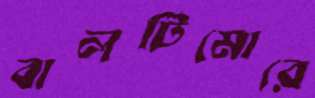
বালটিমোরে